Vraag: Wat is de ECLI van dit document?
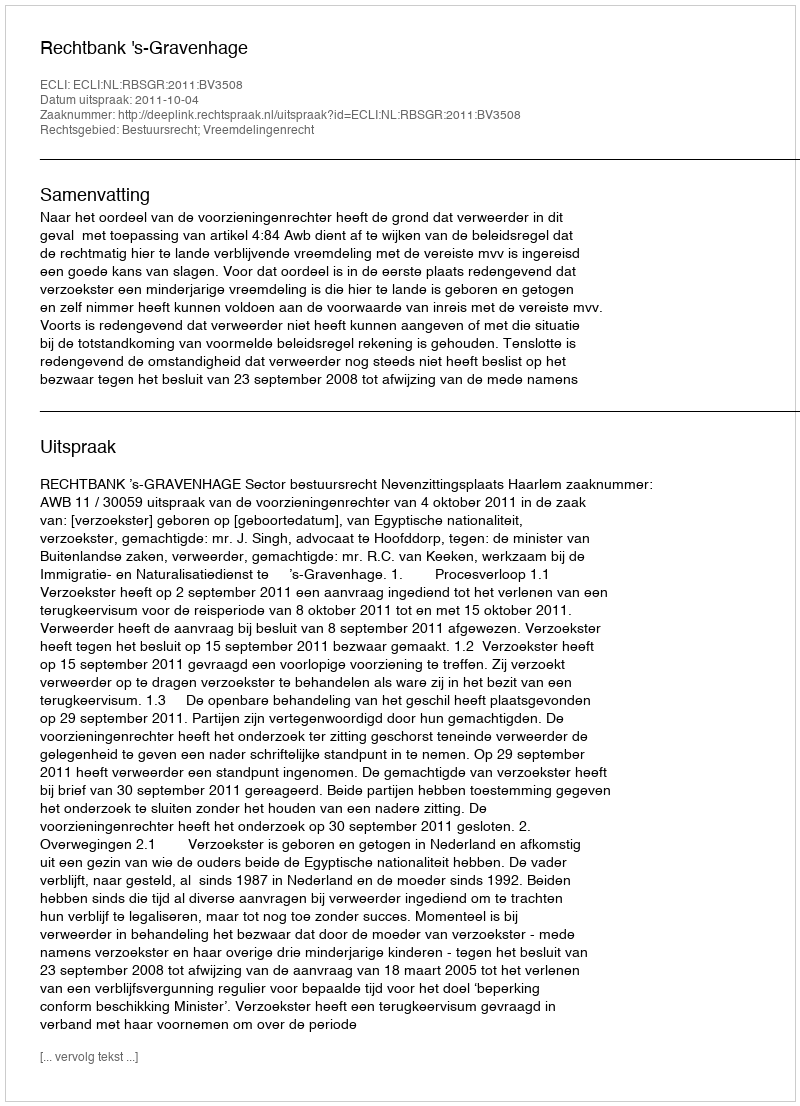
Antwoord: ECLI:NL:RBSGR:2011:BV3508